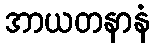
အာယတနာနံ